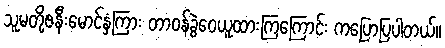
သူမတို့ဇနီးမောင်နှံကြား တာဝန်ခွဲဝေယူထားကြကြောင်း ကပြောပြပါတယ်။